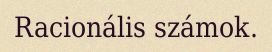
Racionális számok.